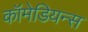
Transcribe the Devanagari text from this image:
कॉमेडियन्स